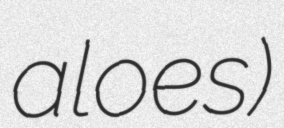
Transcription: aloes)